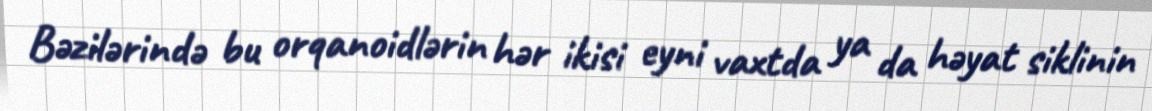
Bəzilərində bu orqanoidlərin hər ikisi eyni vaxtda ya da həyat siklinin